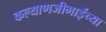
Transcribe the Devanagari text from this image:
कल्याणजीभाईंच्या